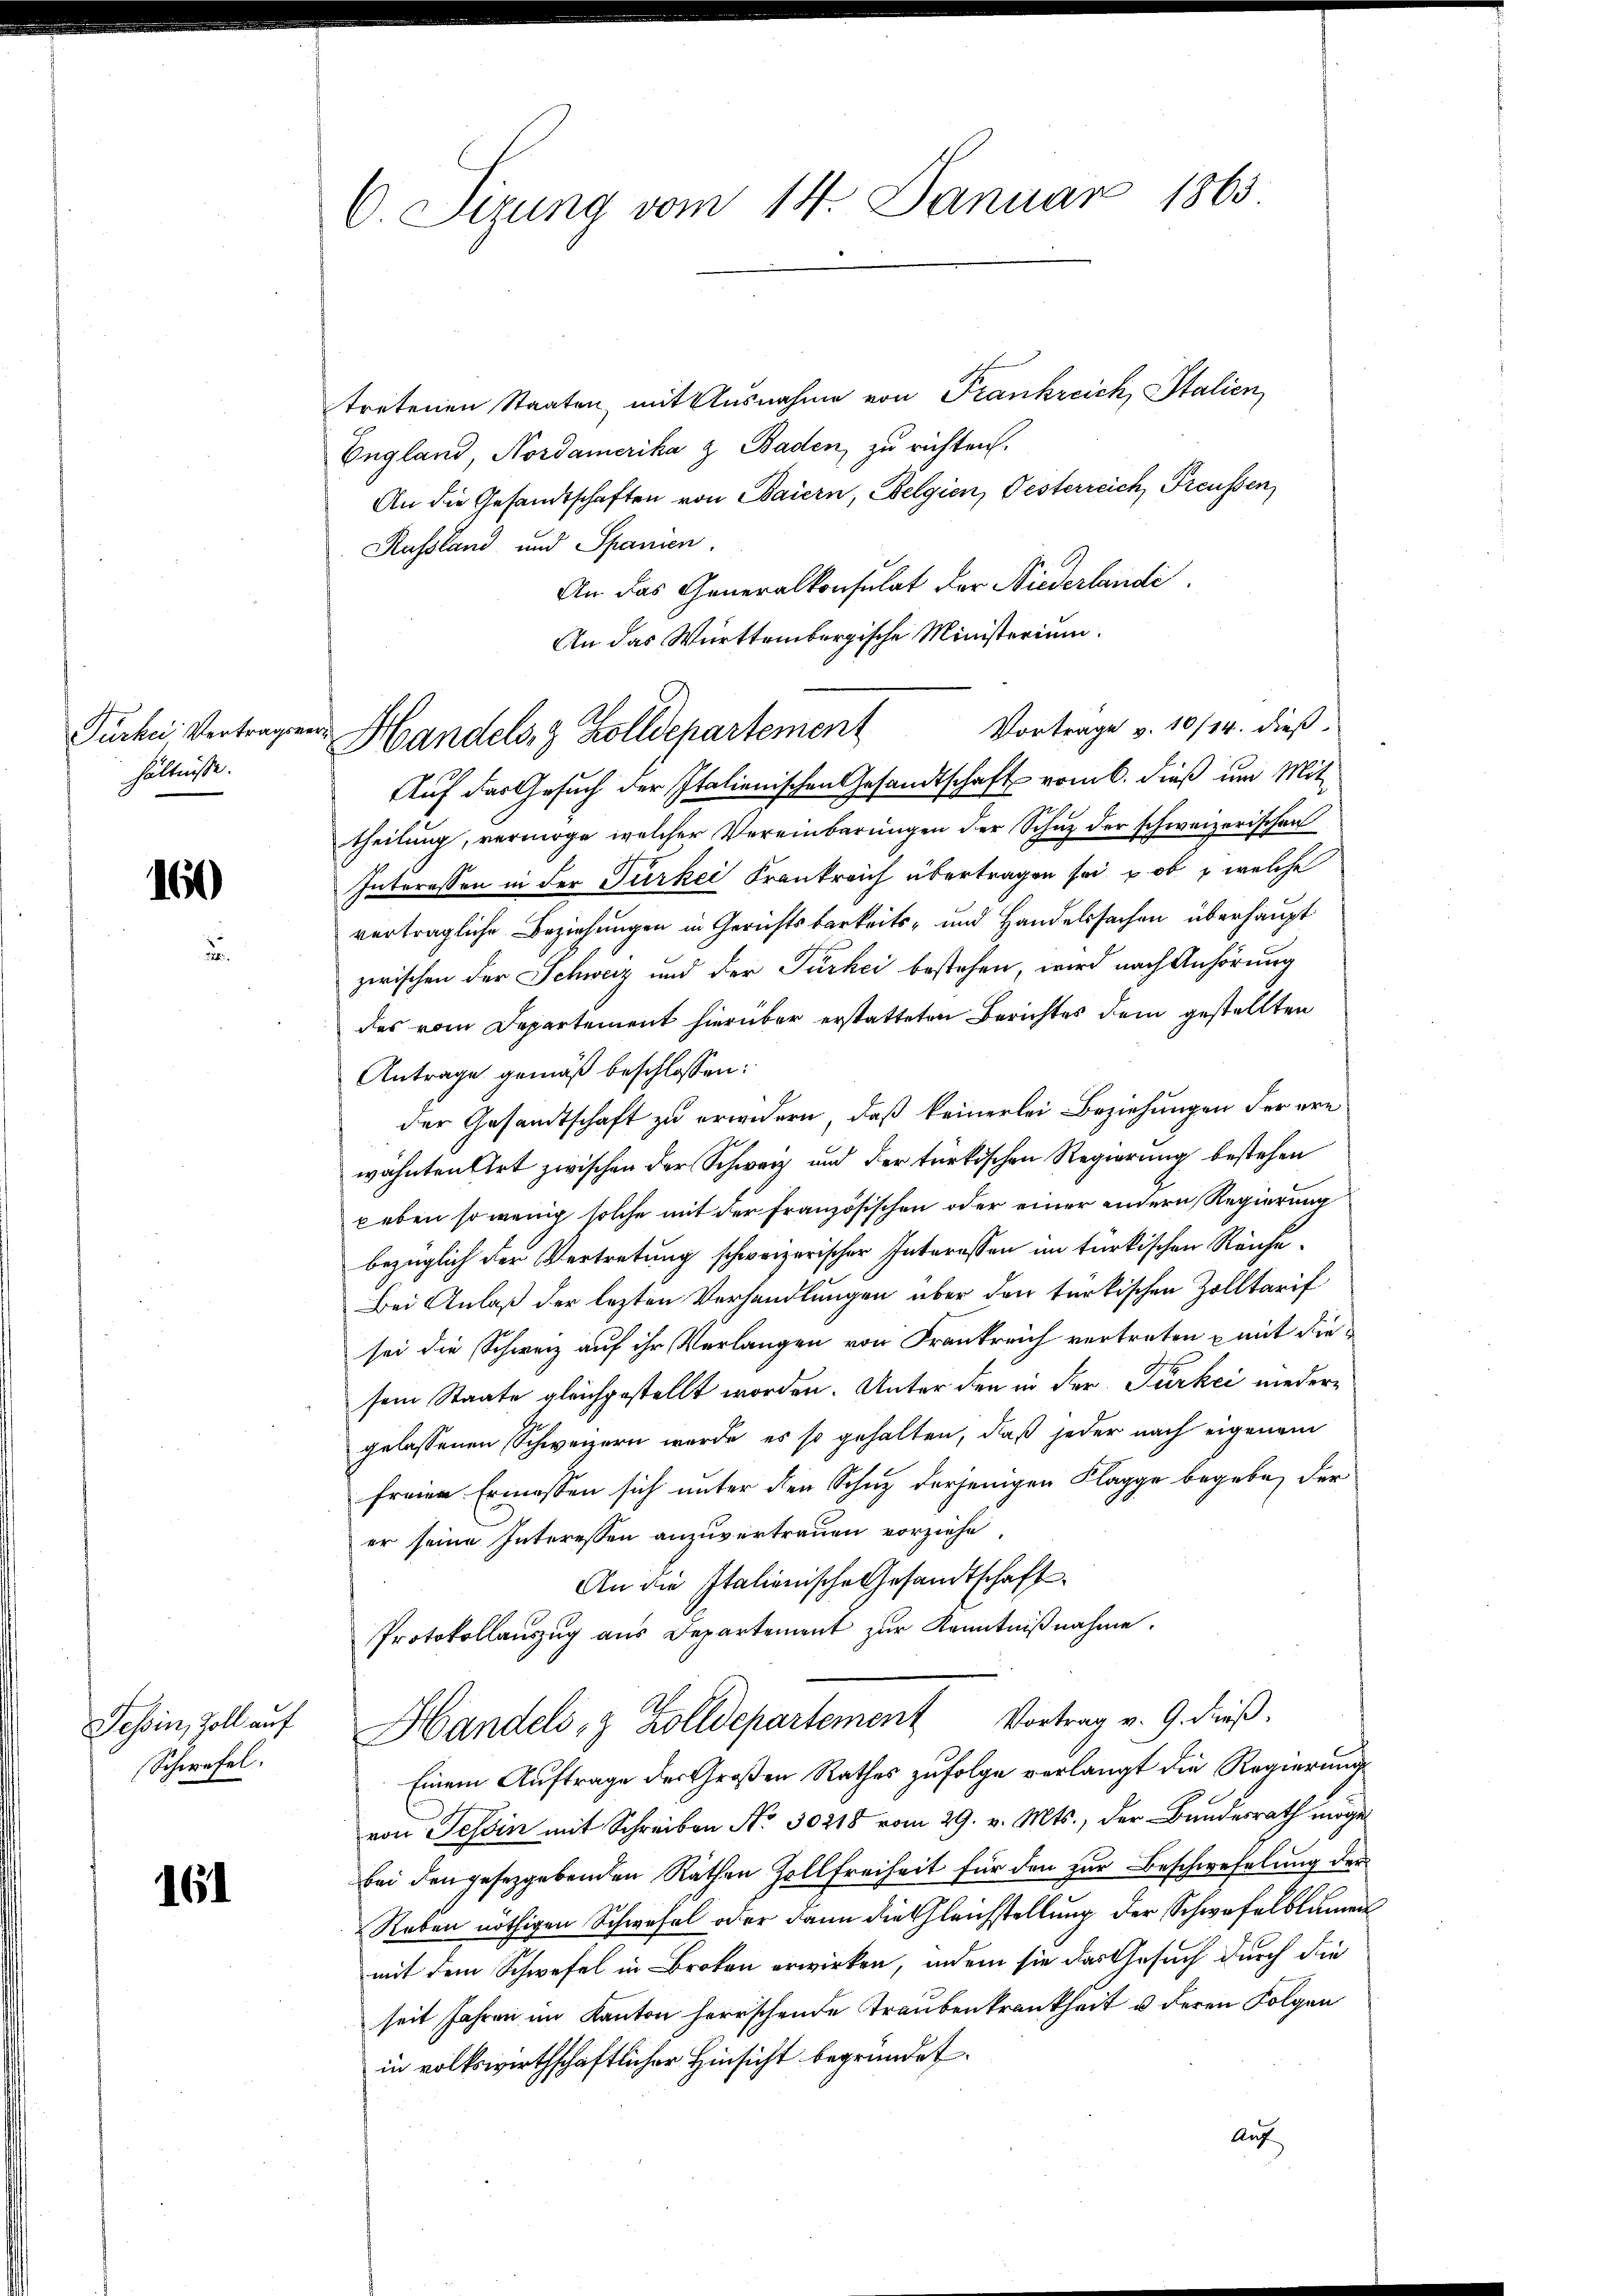
hältnisse.

160

tretenen Staaten, mit Ausnahme von Frankreich, Stalien,
England, Nordamerika z. Baden, zu richten.
An die Gesandtschaften von Baiern, Belgien, Pesterreich Preußen
Russland und Spanien.
An das Generalkonsulat der Niederlaendi
An das Württembergische Ministerium.
Vortrage v. 10/14. dieß¬
Auf das Gesuch der Italienischen Gesandtschaft vom 6. dieß um Mit-
theilung, vermöge welcher Vereinbarungen der Schuz der schweizerischen
Interessen in der Türkei Krankreich übertragen sei u ob, welche
verträgliche Beziehungen in Gerichtsbarkeits- und Handelssachen überhaupt
zwischen der Schweiz und der Türkei bestehen, wird nach Anhörung
des vom Departement hierüber erstatteten Berichtes dem gestellten
Antrage gemäß beschlossen:
der Gesandtschaft zu erwidern, daß keinerlei Beziehungen der ere
wähnten Art zwischen der Schwarz und der türkischen Regierung bestehen
beben so wenig solche mit der Französischen oder einer andern Regierung
bezüglich der Vertretung schweizerischer Interessen im türkischen Räufe¬
Bei Anlaß der lezten Verhandlungen über den türkischen Zolltarif
sei die Schweiz auf ihr Verlangen von Frankreich vertreten mit die
sem Staate gleichgestellt worden. Unter den in der Türkei niedergelassenen Schweizern werde, es so gehalten, daß jeder nach eigenem
freien Ermessen sich unter den Schuz derjenigen Flagge begebe, der
er seine Interessen anzuvertrauen vorziehe.
An die Italienische Gesandtschaft
Protokollauszug aus Departement zur Kenntnißnahme.
Handels- & Zolldepartement Vortrag v. 9. dieß.
Einem Auftrage des Großen Rathes zufolge verlangt die Regierung
von Tessin mit Schreiben No 30218 vom 29. v. Mts., der Bundesrath möge
bei den gesetzgebenden Räthen Zollfreiheit für den zur Beschwefelung der
Reben nöthigen Schwefel oder dann die Gleichstellung der Schwefelblumen
mit dem Schwefel in Broten erwirken, indem sie das Gesuch durch die
seit Jahren im Kanton herrschende Traubenkrankheit u deren Folgen
in volkswirthschaftlicher Hinsicht begründet.
Auf

Tessin, Zoll auf
Schwefel.

161

C. Sizung vom 14. Januar 1863

Tuche Vertragen Handels, 3 Zolldepartement